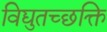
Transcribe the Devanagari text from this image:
विद्युतच्छक्ति